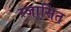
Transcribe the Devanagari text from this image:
स्जासित